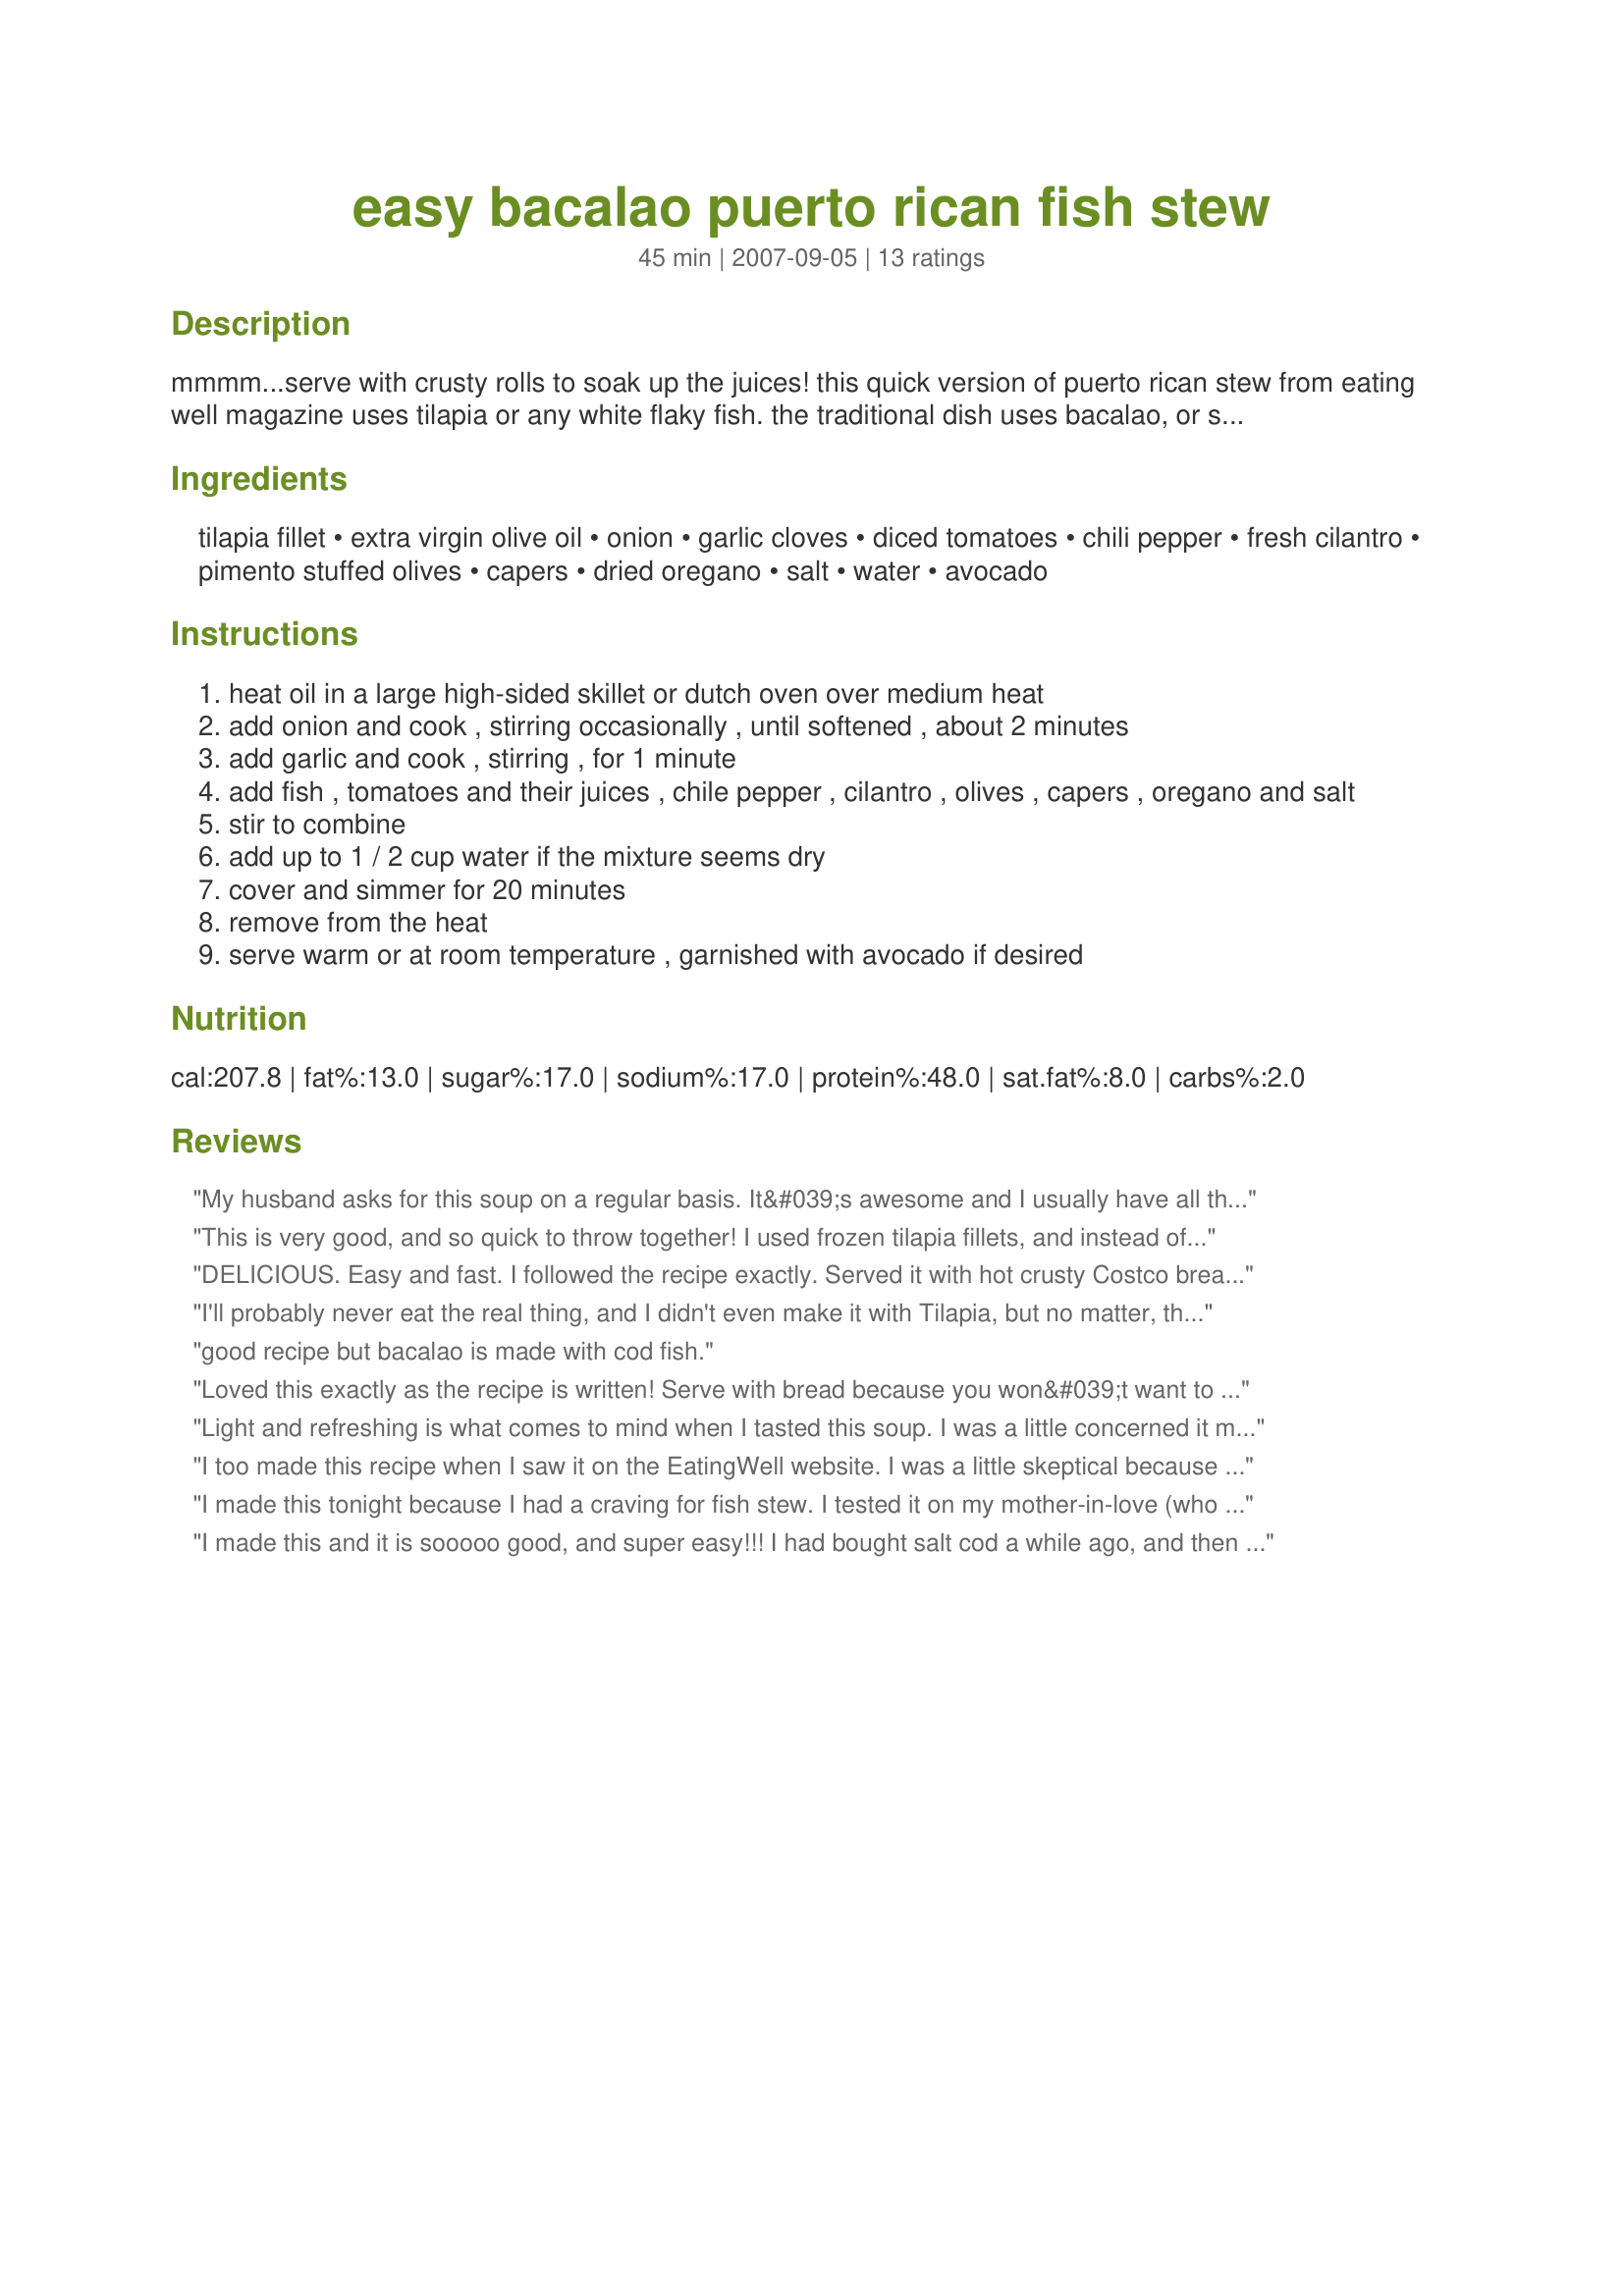
easy bacalao puerto rican fish stew
Preparation time: 45 minutes

mmmm...serve with crusty rolls to soak up the juices! this quick version of puerto rican stew from eating well magazine uses tilapia or any white flaky fish. the traditional dish uses bacalao, or salted dried codfish.

Ingredients:
tilapia fillet, extra virgin olive oil, onion, garlic cloves, diced tomatoes, chili pepper, fresh cilantro, pimento stuffed olives, capers, dried oregano, salt, water, avocado

Steps:
heat oil in a large high-sided skillet or dutch oven over medium heat
add onion and cook , stirring occasionally , until softened , about 2 minutes
add garlic and cook , stirring , for 1 minute
add fish , tomatoes and their juices , chile pepper , cilantro , olives , capers , oregano and salt
stir to combine
add up to 1 / 2 cup water if the mixture seems dry
cover and simmer for 20 minutes
remove from the heat
serve warm or at room temperature , garnished with avocado if desired

Reviews:
My husband asks for this soup on a regular basis. It&#039;s awesome and I usually have all the ingredients on hand. Sometimes I add a touch of hot oil to spice it up more.
This is very good, and so quick to throw together! I used frozen tilapia fillets, and instead of separate diced tomatoes and chiles, I used canned tomato-chile mixture. I love anything with capers, so this had me mmmmmm-ing my way through lunch. Served with a nice whole wheat roll, a healthy lunch.
Thanks Jen!
Made for PAC Spring 2008
DELICIOUS. Easy and fast. I followed the recipe exactly. Served it with hot crusty Costco bread. I had an avocado ready to serve with it but I forgot. Still a delicious meal. Five of us, two adults and three kids all under 10 agree this was a 5 stars. I will make this again. But may add some chopped celery for more vegetables and fiber because I don't think that would alter the taste. THANK YOU!
I'll probably never eat the real thing, and I didn't even make it with Tilapia, but no matter, this is a good recipe. Aussies, Russ used flathead tails when he made this tonight for our dinner. He made the sauce and slipped the tails in for the last few minutes. I loved thesalty, brinyness of this and felt it worked well with the fish. We ate it over rice (probably wrong thing to do too, but good).
good recipe but bacalao is made with cod fish.
Loved this exactly as the recipe is written! Serve with bread because you won&#039;t want to leave a drop of the stew in your bowl!!
Light and refreshing is what comes to mind when I tasted this soup. I was a little concerned it may be too salty with the capers and olives so I held back on the salt which I ended up adding it at the end â€“ it was perfect! The only change was using San Marzano whole-peeled canned tomatoes(I love those and I have 2 cases). I diced them and used the juice. Next time I might try the salted cod"Bacalao or Baccala" But using the Tilapia with in this soup will be my stable. It is that good!
I too made this recipe when I saw it on the EatingWell website. I was a little skeptical because it looked kind of weird, but it turned out so good! It wasn't fishy at all and my husband thought it was chicken. I used tilapia because it was on sale. Perfect and highly recommended.
I made this tonight because I had a craving for fish stew. I tested it on my mother-in-love (who is Puerto Rician), she loved it and took a bowl home! I made mine with Tilapia.
I made this and it is sooooo good, and super easy!!! I had bought salt cod a while ago, and then it kind of got lost in the fridge, and I was like, hmmmm, maybe I should feed it to the dogs. But no, I put it in water, and it looked beautiful, and so I decided to cook it. Then I saw this recipe. I thought it might be kind of weird, but I was totally wrong. This is delicious!!! I added more chili, though; this is South Texas after all!
We really enjoyed this very flavorful yet light stew. I will not add extra salt next time as it isn't required with the canned tomatoes, olives and capers. Also, I didn't have pimento stuffed olives and used black olives instead. We had it with brown rice for a good healthy meal.
I really liked this recipe. Instead of a chili pepper, I used a can of tomatoes with peppers added (Rotel). I think this resulted in a spicier soup that if I had used a poblano. Otherwise I followed this as written. This probably does make 4 normal servings, but the two of us nearly finished it off on our own for dinner. Thanks for posting such a quick and flavorful recipe!
This was yum-o. We made it just the way it was written - I would add a jalepeno next time, just for a little heat. I loved the broth and it was so flavorful! It was not fishy - as other reviewers have pointed out, and I served with a crusty french bread which soaked the juices up nicely! Thanks for a good recipe!
